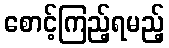
စောင့်ကြည့်ရမည့်